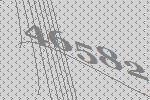
46582